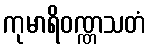
ကုမာရိဝဏ္ဏသတံ